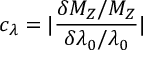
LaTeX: c _ { \lambda } = \vert \frac { \delta M _ { Z } / M _ { Z } } { \delta \lambda _ { 0 } / \lambda _ { 0 } } \vert